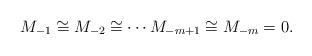
LaTeX: \begin{align*} M_{-1} \cong M_{-2} \cong \cdots M_{-m +1} \cong M_{-m} = 0. \end{align*}